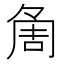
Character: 𠶰